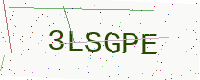
Text: 3LSGPE